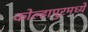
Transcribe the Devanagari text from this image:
कोल्हापुरमध्ये